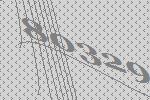
80329